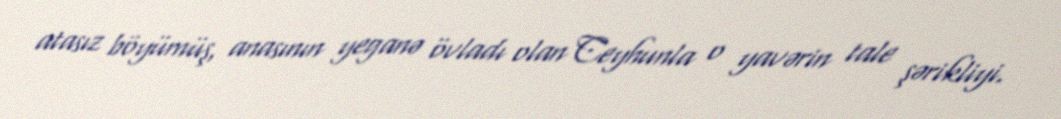
atasız böyümüş, anasının yeganə övladı olan Ceyhunla o yavərin tale şərikliyi.